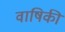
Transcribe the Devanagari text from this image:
वाषिकी